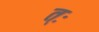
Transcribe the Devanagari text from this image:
त्ः